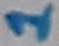
Text: 1